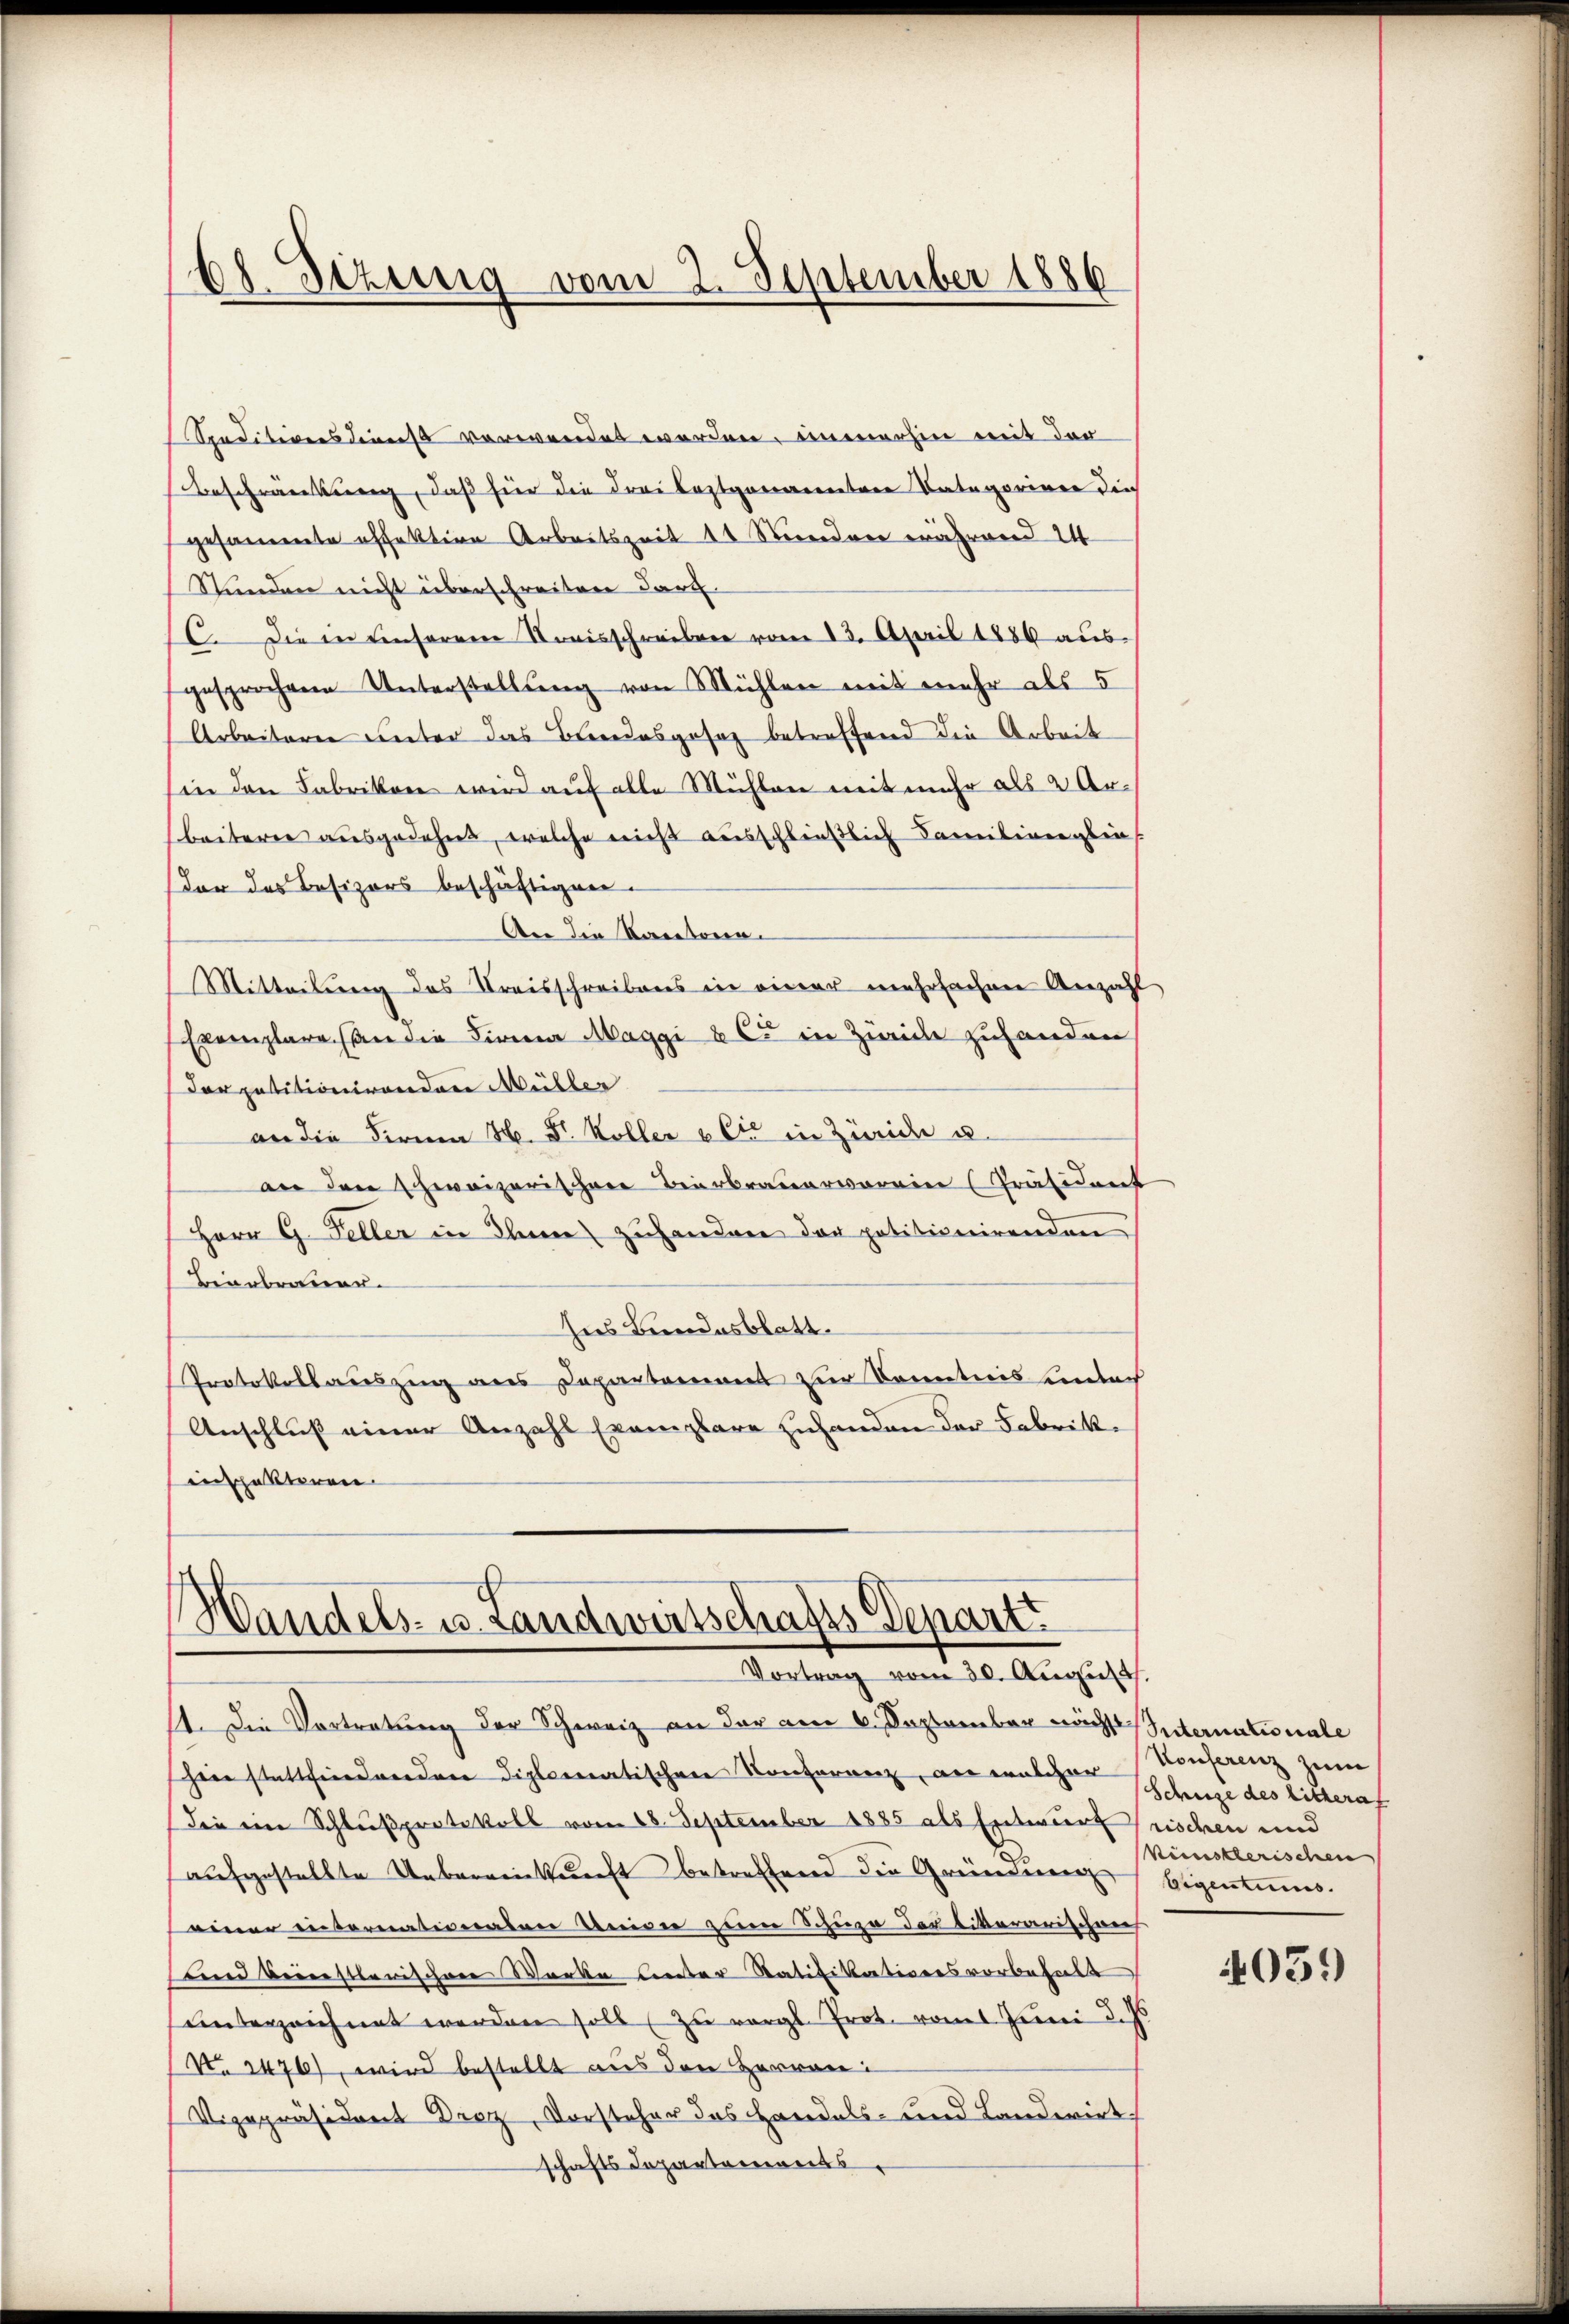
bl. Schinig vom 2. September 1886

Speditivensdienst verwendet werden, immerhin mit der
Beschränkung, daß hier die Frei leztgenannten Kategorieen die
gesammte offektive Arbeitszeit 10 Mindere während 14
Stunden nicht überschreiten darf.
6. Die in unserem Streisschreiben vom 13. April 1886 aŭs
gesprochene Unterstellŭng von Mühlen mit mehr als 5
Arbeiteren unter das Beendesgesaz betreffend die Arbeit
in den Fabrikon wird auf alle Mühlen mit mehr als 2 Ar-
beiteren ausgedehnet, welche nicht ausschließlich Familienglin
Dor des Besizers beschäftigen.
An die Kantona
Mitteilung des Kreisschreibens in einer mehrfachene Anzicht
Exemplaren die Firma Maggi u C in Zweide zuhanden
Dorpatitionirenden Müller
an die Firma H. Dr. Koller & Cie in Zürich u.
an den hereizerischen Bierbrauerverein Präsident
Herr G. Feller in Ihnen zuhandere der patitionirenden
Bierbennen.
hnes Bundesblatt.
Protokollauszing aus Departement zur Kenntnis einbach
Anschluß einer Anzahl Exemplare Zuhanden der Fabrikinthakteren

Handels- u. Landwirtschafts Depart
Vortrag vom 30. August.

11. Die Vortretung der Schweiz an der am 6. September nächst Internationale
heer stattfindendere diplomatischen Konferenz, an welcher
Die ein Schlußprotokoll vom 28. September 1885 als Entwurfrischen und
aufgestellte Unbereinkunft betreffend die Gründung
einer internationalen Univer zum Schüre der litterarischen
nnd beinstlerischen Werke unter Ratifikationsvorbehalt
unterzeichnet werden soll zu vergl. Prot. vom Juni d. Js
No 1476), wird bestellt aus den Herren
Vizepräsident Droz, Vorsteher das Handels- und Landwirt
schafts Departements

Konferenz zum
Schuze des Litteraf
künstlerischen |
Eigentums.

4051)